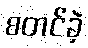
စတင်ခဲ့